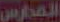
المدارس